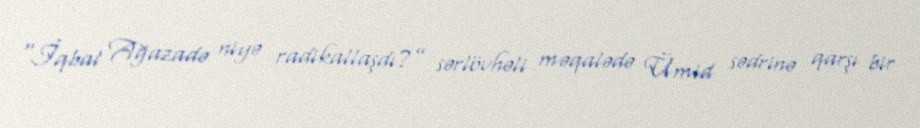
“İqbal Ağazadə niyə radikallaşdı?” sərlövhəli məqalədə Ümid sədrinə qarşı bir